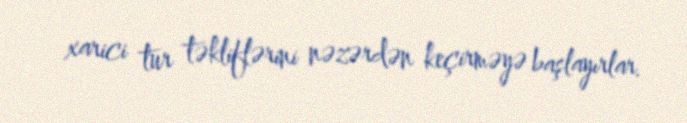
xarici tur təkliflərini nəzərdən keçirməyə başlayırlar.